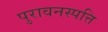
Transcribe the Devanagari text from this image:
पुरावनस्पत्ति